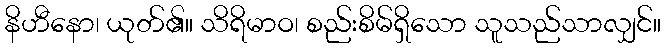
နိဟီနော၊ ယုတ်၏။ သိရိမာဝ၊ စည်းစိမ်ရှိသော သူသည်သာလျှင်။